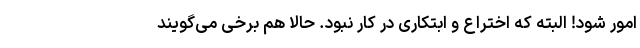
امور شود! البته که اختراع و ابتکاری در کار نبود. حالا هم برخی می‌گویند